system: You are a helpful assistant.
user:
Analyze the provided spectrum to determine if it is a **Carbon Star (C-type)**.

- **Key Visual Indicators of Carbon Star:**
    - **(Primary):** Strong molecular absorption from **C₂ (diatomic carbon) "Swan Bands."** This is the **defining feature** of a carbon star.
        - **(Key Bandheads):** Sharp absorption edges are visible at approximately $5635$ Å, $5165$ Å (the strongest band), and $4737$ Å.
        - **(Line Profile):** Creates a distinct **"saw-tooth"** pattern. The key morphology is a sharp, steep bandhead on the **red (long-wavelength) side**, which then gradually tapers off (i.e., flux recovers) towards the **blue (short-wavelength) side**. *(This is the direct opposite of the TiO bands seen in M-type stars)*.

    - **(Secondary):** Intense **CN (cyanogen)** molecular absorption bands.
        - **(Key Bandheads):** Located in the blue and violet regions of the spectrum (e.g., near $4215$ Å and $3883$ Å).
        - **(Morphology):** These bands are extremely broad and act as a "blanket," absorbing the vast majority of blue and violet light. This creates a characteristic **"cliff"** or **"steep drop-off"** in the spectrum's flux at short wavelengths.

    - **(Key Confirmation):** Strong **CH absorption band (G-band)**.
        - **(Key Bandhead):** Located around $4300$ Å. The contribution from CH molecules to this band is exceptionally strong.

    - **(Overall Spectrum):**
        - The continuum is severely "chopped up" by these deep molecular bands, especially C₂, rather than appearing as a smooth curve.
        - Due to the heavy CN and C₂ absorption in the blue-green, the vast majority of the star's flux is concentrated in the red part of the spectrum, giving the star its characteristic deep red color.

Think first, call **spectral_visualization_tool** if needed to examine features in detail, then provide your final answer. Your response must adhere to the following strict rules:
1.  **Overall Structure:** Your response must follow the format `<think>...</think> <tool_call>...</tool_call> (if a tool is used) <answer>...</answer>`.
2.  **Tool Usage Constraint:** You may only make **one** tool call per turn.
3.  **Final Answer Format:** In the `<answer>` tag, your conclusion must be inside a `\boxed{}` command (e.g., `\boxed{YES}`), followed by your justification.

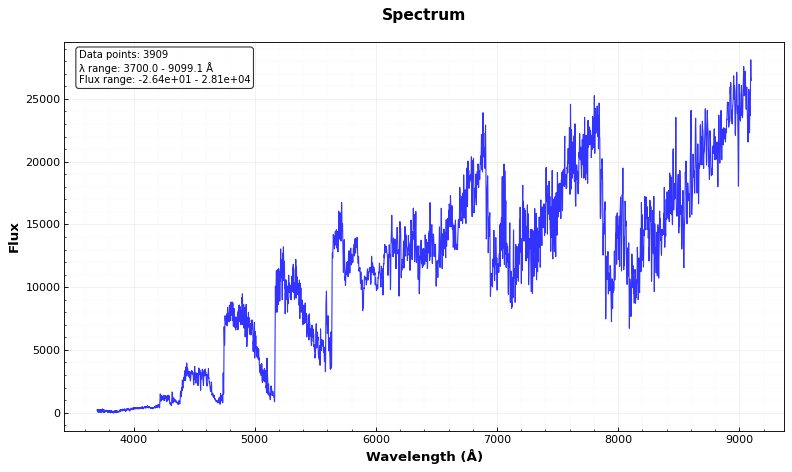
Answer: YES